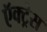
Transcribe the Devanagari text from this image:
ऍक्ट्रेस